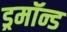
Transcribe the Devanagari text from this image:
ड्रमॉन्ड